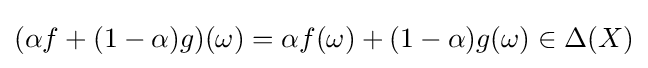
(\alpha f+(1-\alpha )g)(\omega )=\alpha f(\omega )+(1-\alpha )g(\omega )\in \Delta (X)